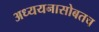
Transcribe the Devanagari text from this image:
अध्ययनासोबतच